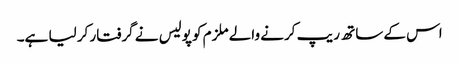
اس کے ساتھ ریپ کرنے والے ملزم کو پولیس نے گرفتار کر لیا ہے۔